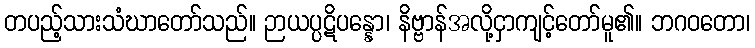
တပည့်သားသံဃာတော်သည်။ ဉာယပ္ပဋိပန္နော၊ နိဗ္ဗာန်အလို့ငှာကျင့်တော်မူ၏။ ဘဂဝတော၊